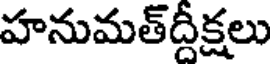
హనుమత్ద్దీక్షలు